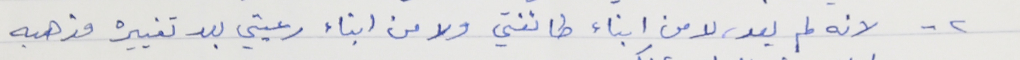
٢ - لانه لم يعد، لا من ابناء طائفتي ولا من ابناء رعيتي بعد تغييره مذهبه